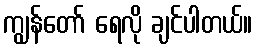
ကျွန်တော် ရေလို ချင်ပါတယ်။